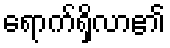
ရောက်ရှိလာ၏